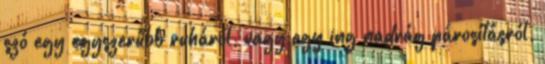
szó egy egyszerűbb ruháról, vagy egy ing nadrág párosításról,